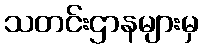
သတင်းဌာနများမှ